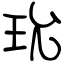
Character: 玧